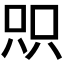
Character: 𫪉